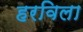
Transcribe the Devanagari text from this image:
हरविला